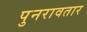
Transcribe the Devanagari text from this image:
पुनरावतार